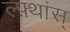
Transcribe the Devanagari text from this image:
ल्फ़्थांस्